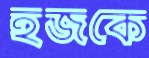
হজকে